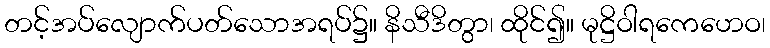
တင့်အပ်လျောက်ပတ်သောအရပ်၌။ နိသီဒိတွာ၊ ထိုင်၍။ မုဋ္ဌိဝါရကေဟေဝ၊